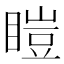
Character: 䁗